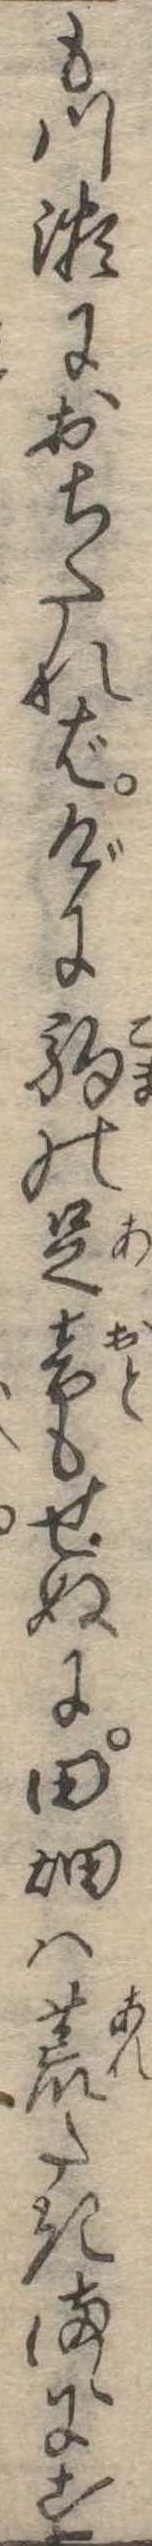
も川瀬におちたればげに駒の足音もせぬに田畑は荒たきまゝにす